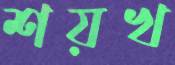
শয়খ